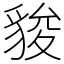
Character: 䝜